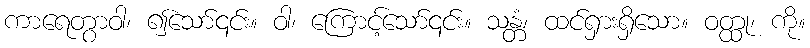
ကာရေတွာဝါ၊ ၍သော်၎င်း။ ဝါ၊ ကြောင့်သော်၎င်း။ သန္တံ၊ ထင်ရှားရှိသော။ ဝတ္ထု၊ ကို။